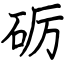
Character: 砺